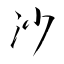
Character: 沙